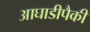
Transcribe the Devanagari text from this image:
आघाडीपैकी